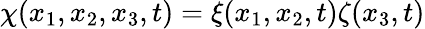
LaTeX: \chi(x_{1},x_{2},x_{3},t)=\xi(x_{1},x_{2},t)\zeta(x_{3},t)